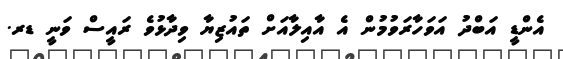
އެންޑީ އަބްދު އަވަހާރަވުމުން އެ އާއިލާއަށް ތައުޒިޔާ ވިދާޅުވެ ރައީސް ވަނީ ޑރ.